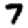
Digit: 7